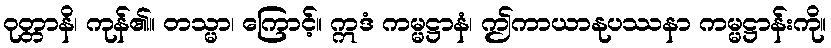
ဝုတ္တာနိ၊ ကုန်၏။ တသ္မာ၊ ကြောင့်။ ဣဒံ ကမ္မဋ္ဌာနံ၊ ဤကာယာနုပဿနာ ကမ္မဋ္ဌာန်းကို။